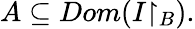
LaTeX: A\subseteq Dom(I{\upharpoonright_{B}}).